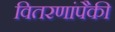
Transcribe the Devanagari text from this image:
वितरणांपैकी